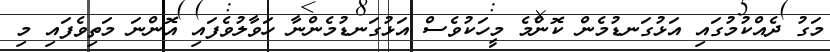
މަގު ދެއްކުމުގައި އަޅުގަނޑުމެން ކޮންމެ މީހަކުވެސް އަޅުގަނޑުމެންނާ ހަވާލުވެފައި އޮންނަ މަތިވެފައި މި